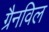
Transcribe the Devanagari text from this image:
ग्रैनविल